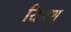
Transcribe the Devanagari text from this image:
यिनशु